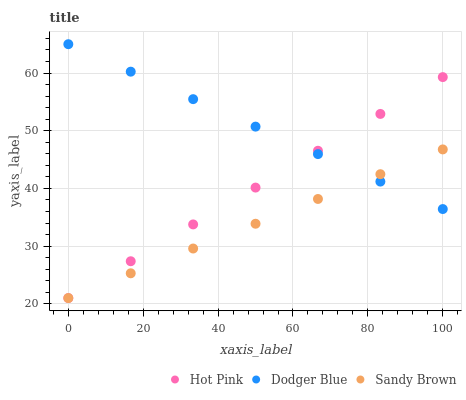
| xaxis_label | Hot Pink | Dodger Blue | Sandy Brown |
 | --- | --- | --- | --- |
 | 0 | 21 | 65 | 21 |
 | 16.7 | 27.4 | 60.2 | 25.3 |
 | 33.3 | 33.8 | 55.5 | 29.6 |
 | 50 | 40.1 | 50.7 | 33.9 |
 | 66.7 | 46.5 | 46 | 38.2 |
 | 83.3 | 52.9 | 41.2 | 42.5 |
 | 100 | 59.3 | 36.4 | 46.8 |